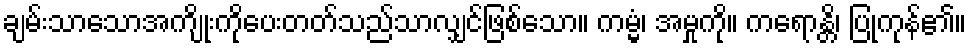
ချမ်းသာသောအကျိုးကိုပေးတတ်သည်သာလျှင်ဖြစ်သော။ ကမ္မံ၊ အမှုကို။ ကရောန္တိ၊ ပြုကုန်၏။